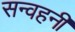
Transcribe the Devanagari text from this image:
सन्वहनी